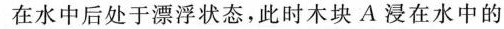
在水中后处于漂浮状态，此时木块A浸在水中的